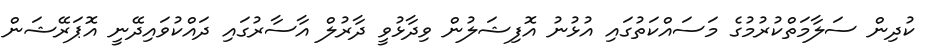
ކުދިން ސަލާމަތްކުރުމުގެ މަސައްކަތުގައި އުޅުނު އޮފިޝަލުން ވިދާޅުވީ ދާރުލް އާސާރުގައި ދައްކުވައިދޭނީ އޮޕަރޭޝަން